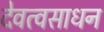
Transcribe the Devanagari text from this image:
देवत्वसाधन